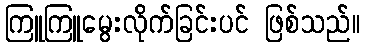
ကြူကြူမွေးလိုက်ခြင်းပင် ဖြစ်သည်။